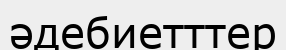
әдебиетттер